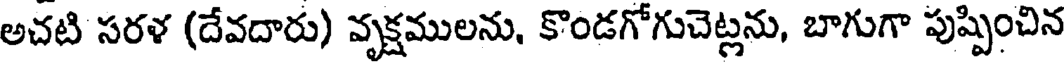
అచటి సరళ (దేవదారు) వృక్షములను, కొండగోగుచెట్లను, బాగుగా పుప్పించిన